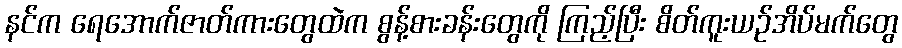
နင်က ရေအောက်ဇာတ်ကားတွေထဲက စွန့်စားခန်းတွေကို ကြည့်ပြီး စိတ်ကူးယဉ်အိပ်မက်တွေ